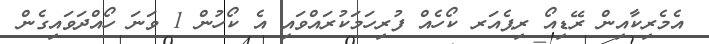
އެމެރިކާއިން ރޭޑިއޯ ރިޕެއަރ ކޯހެއް ފުރިހަމަކުރައްވައި އެ ކޯހުން 1 ވަނަ ހޯއްދަވައިގެން